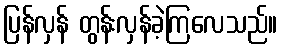
ပြန်လှန် တွန်းလှန်ခဲ့ကြလေသည်။